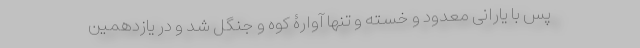
پس با یارانی معدود و خسته و تنها آوارۀ کوه و جنگل شد و در یازدهمین